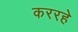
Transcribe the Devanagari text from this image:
कररहे